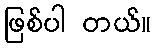
ဖြစ်ပါ တယ်။